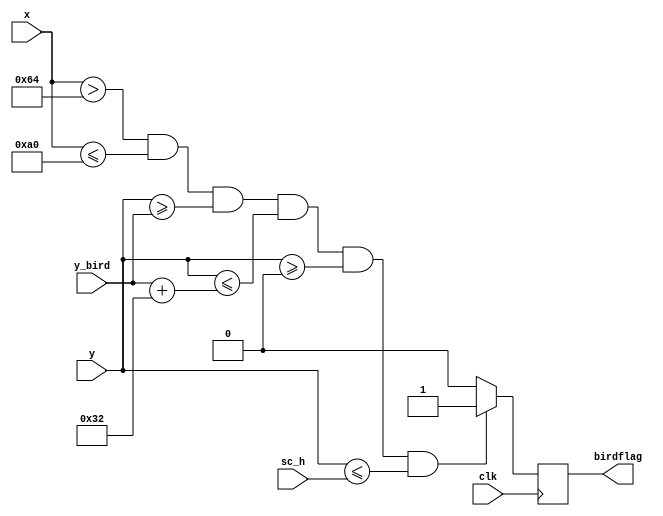
module is_bird(clk,sc_h,x,y,y_bird,birdflag);
input [10:0]sc_h;//screen height
input [10:0]x,y;//pos
input [10:0]y_bird;
input clk;
output reg birdflag;

always@(posedge clk)
begin
    if(x>100&&x<=160&&y>=(y_bird)&&y<=(y_bird+50)&&y>=0&&y<=sc_h)
    begin
        birdflag=1;
    end
    else
    begin
        birdflag=0;
    end
end


endmodule